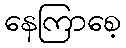
နေကြာစေ့